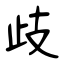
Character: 歧